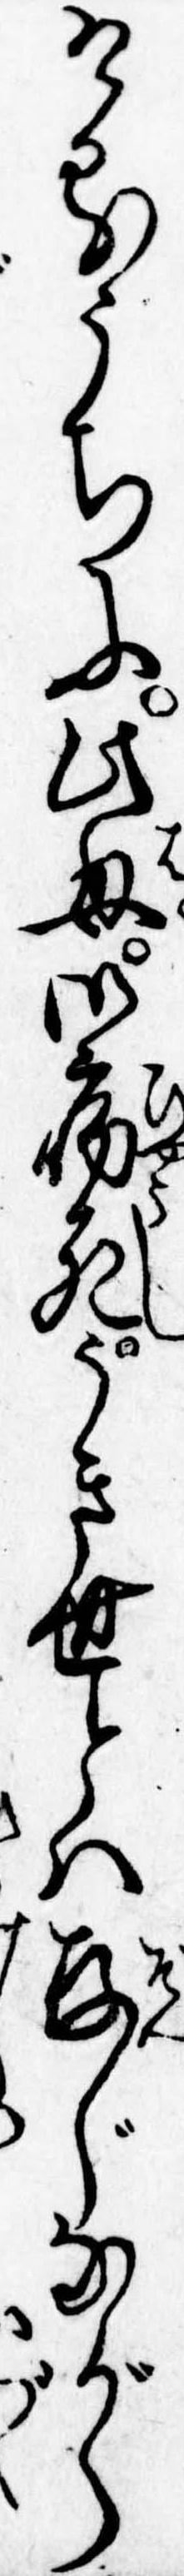
けるうちに此母御病死うき世とは存じながら